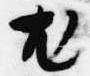
尤